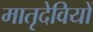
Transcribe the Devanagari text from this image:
मातृदेवियों